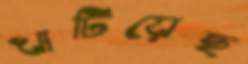
খাটিয়েছ